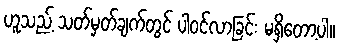
ဟူသည့် သတ်မှတ်ချက်တွင် ပါဝင်လာခြင်း မရှိတော့ပါ။